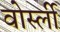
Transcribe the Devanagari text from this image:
वोर्स्ली